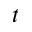
t